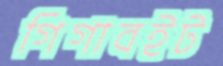
গিগাবইট